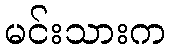
မင်းသားက